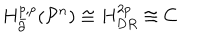
{ H _ { \bar { \partial } } ^ { p , p } } ( { { \mathcal P } ^ { n } } ) \cong { H _ { D R } ^ { 2 p } } \cong C